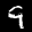
Label: 9